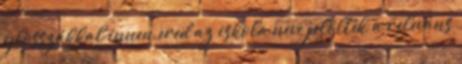
glosszákkal innen ered az iskola neve jelölték a releváns